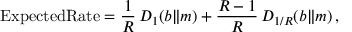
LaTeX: \mathrm { { E x p e c t e d R a t e } } = { \frac { 1 } { R } } \, D _ { 1 } ( b \| m ) + { \frac { R - 1 } { R } } \, D _ { 1 / R } ( b \| m ) \, ,